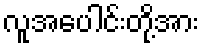
လူအပေါင်းတို့အား